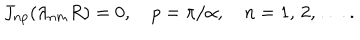
J _ { n p } ( \lambda _ { n m } R ) = 0 , \quad p = \pi / \alpha , \quad n = 1 , \, 2 , \, \ldots \, { . }